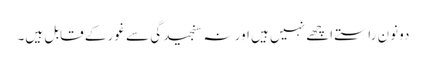
دونون راستے اچھے نہیں ہیں اور نہ سنجیدگی سے غور کے قابل ہیں۔